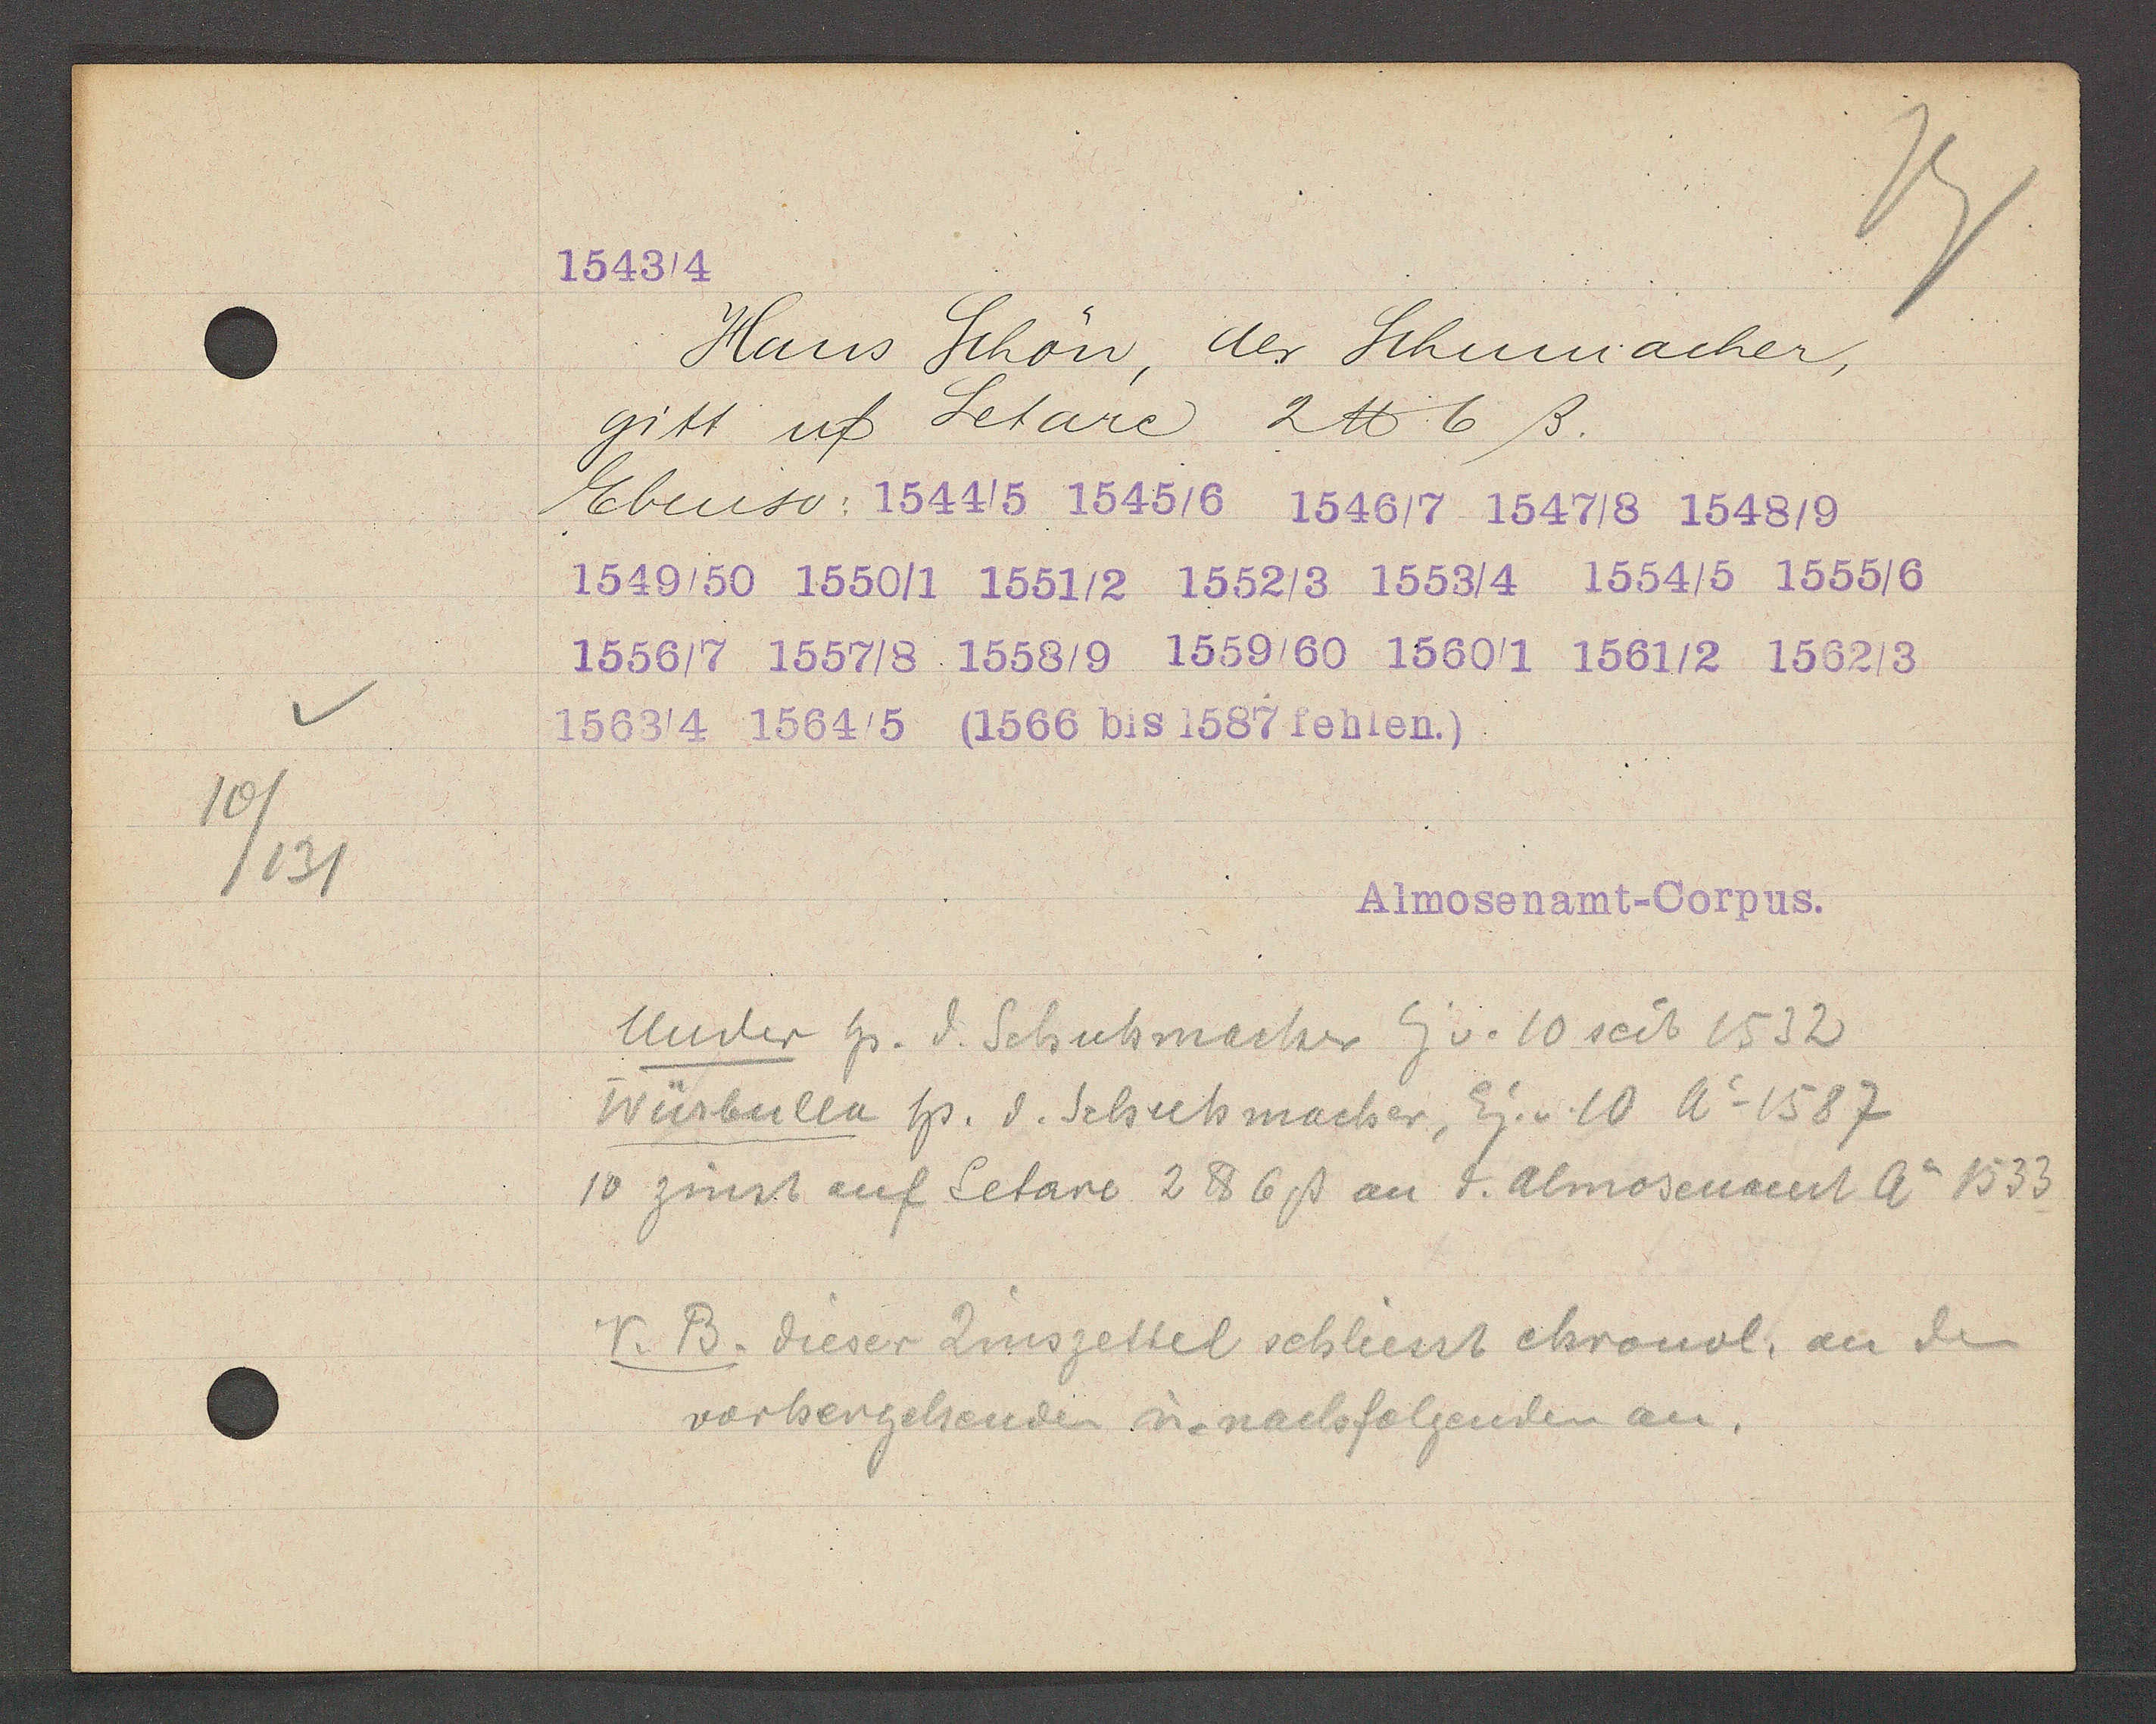
Transcript:
10/131

1543/4

Hans Schön, der Schumacher,
gitt uf Letare 2 ℔ 6ß.
Ebenso: 1544/5 1545/6 1546/7 1547/8 1648/9
1549/50 1550/1 1551/2 1552/3 1553/4 1554/5 1555/6
1556/7 1557/8 1558/9 1559/60 1560/1 1561/2 1562/3
1563/4 1564/5 (1566 bis 1587 fehlen.)

Almosenamt- Corpus.

Under hs. d. Schuhmacher Eig v. 10 seit 1532
Würbulla hs. d. Schuhmacher, Eig. v. 10 Ao 1587
10 zinst auf Letare 2 ℔ 6ß an d. Almosenamt Ao 1533
N.B. dieser Zinszettel schliesst ehrouol, an den
vorhergehenden u. nachfolgenden an.